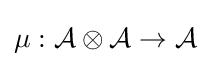
\mu :{\mathcal {A}}\otimes {\mathcal {A}}\to {\mathcal {A}}